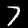
Digit: 7